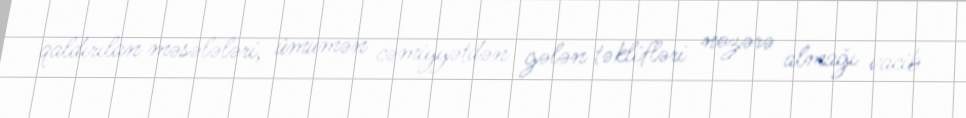
qaldırılan məsələləri, ümumən cəmiyyətdən gələn təklifləri nəzərə almağı vacib